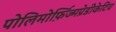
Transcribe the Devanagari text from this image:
पोलिमोर्फ़िज्मप्रेडीकेटिव